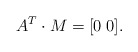
\begin{align*}A^T \cdot M = [ 0 \; 0 ].\end{align*}